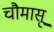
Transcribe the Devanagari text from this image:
चौमासू